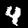
Label: 4